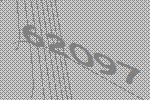
62097